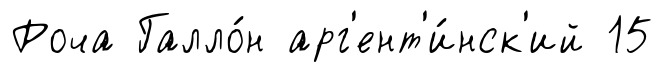
Роча Галло́н арг'ент'и́нск'ий 15